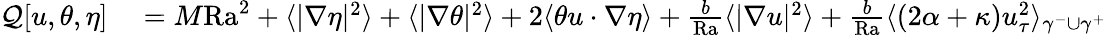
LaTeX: \begin{array}{rl}{\mathcal{Q}[u,\theta,\eta]}&{{}=M\mathrm{{Ra}}^{2}+\langle|\nabla\eta|^{2}\rangle+\langle|\nabla\theta|^{2}\rangle+2\langle\theta u\cdot\nabla\eta\rangle+\frac{b}{\mathrm{{Ra}}}\langle|\nabla u|^{2}\rangle+\frac{b}{\mathrm{{Ra}}}\langle(2\alpha+\kappa)u_{\tau}^{2}\rangle_{\gamma^{-}\cup\gamma^{+}}}\end{array}